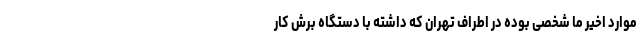
موارد اخیر ما شخصی بوده در اطراف تهران که داشته با دستگاه برش کار